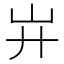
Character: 𢌲